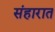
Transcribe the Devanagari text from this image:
संहारात